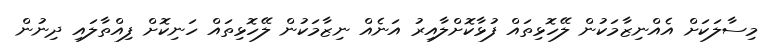
މިސާލަކަށް އެއްނިޒާމަކުން ލޭހޮޅިތައް ފުޅާކޮށްލާއިރު އަނެއް ނިޒާމަކުން ލޭހޮޅިތައް ހަނިކޮށް ފިއްތާލައި ދިނުން